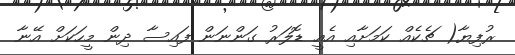
ރުފިޔާ( ޗެކެއް ކަމަށާއި އެއީ ޑޮލަރު ގަންނަން ފައިސާ ދިން މީހަކަށް އޭނާ